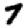
Digit: 7